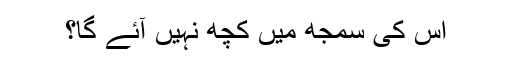
اس کی سمجھ میں کچھ نہیں آئے گا؟